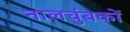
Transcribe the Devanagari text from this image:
नालचुंबकों